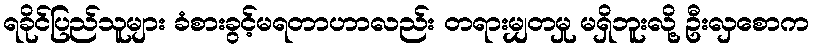
ရခိုင်ပြည်သူများ ခံစားခွင့်မရတာဟာလည်း တရားမျှတမှု မရှိဘူးလို့ ဦးလှစောက